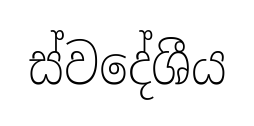
ස්වදේශීය